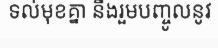
ទល់មុខគ្នា នឹងរួមបញ្ចូលនូវ